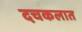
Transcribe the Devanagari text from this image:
दचकलात